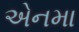
એનમા